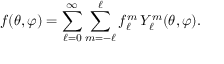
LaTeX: f ( \theta , \varphi ) = \sum _ { \ell = 0 } ^ { \infty } \sum _ { m = - \ell } ^ { \ell } f _ { \ell } ^ { m } \, Y _ { \ell } ^ { m } ( \theta , \varphi ) .